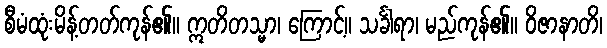
စီမံထုံးမိန့်တတ်ကုန်၏။ ဣတိတသ္မာ၊ ကြောင့်။ သင်္ခါရာ၊ မည်ကုန်၏။ ဝိဇာနာတိ၊